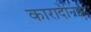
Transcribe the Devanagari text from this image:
कारादेनिझ